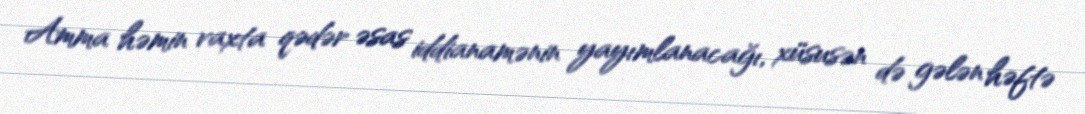
Amma həmin vaxta qədər əsas iddianamənin yayımlanacağı, xüsusən də gələn həftə